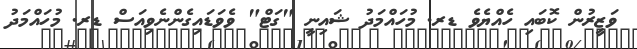
ވަޒީރުން ކޮބައި ހެއްޔެވެ ޑރ. މުހައްމަދު ޝައިނީ "ގަޓް" ވެވަޑައިގެންނެވިއަސް ޑރ. މުހައްމަދު